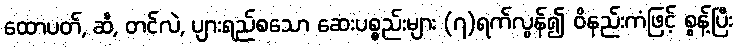
ထောပတ်, ဆီ, တင်လဲ, ပျားရည်စသော ဆေးပစ္စည်းများ (၇)ရက်လွန်၍ ဝိနည်းကံဖြင့် စွန့်ပြီး